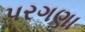
પરગણા